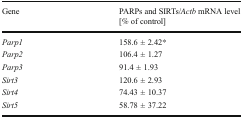
<table><thead><tr><td><b>Gene</b></td><td><b>PARPs and SIRTs/<i>Actb</i> mRNA level[% of control]</b></td></tr></thead><tbody><tr><td><i>Parp1</i></td><td>158.6 ± 2.42*</td></tr><tr><td><i>Parp2</i></td><td>106.4 ± 1.27</td></tr><tr><td><i>Parp3</i></td><td>91.4 ± 1.93</td></tr><tr><td><i>Sirt3</i></td><td>120.6 ± 2.93</td></tr><tr><td><i>Sirt4</i></td><td>74.43 ± 10.37</td></tr><tr><td><i>Sirt5</i></td><td>58.78 ± 37.22</td></tr></tbody></table>